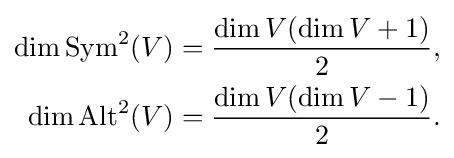
{\begin{aligned}\dim \operatorname {Sym} ^{2}(V)&={\frac {\dim V(\dim V+1)}{2}},\\\dim \operatorname {Alt} ^{2}(V)&={\frac {\dim V(\dim V-1)}{2}}.\end{aligned}}